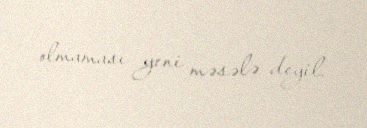
olmaması yeni məsələ deyil.